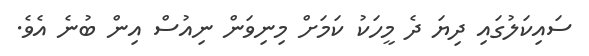
ސައިކަލުގައި ދިޔަ ދެ މީހަކު ކަމަށް މިނިވަން ނިއުސް އިން ބުނެ އެވެ.